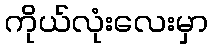
ကိုယ်လုံးလေးမှာ